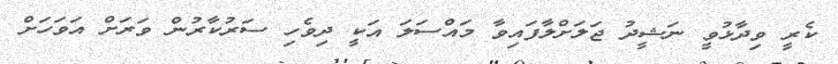
ކެރީ ވިދާޅުވީ ނަޝީދު ޖަލަށްލާފައިވާ މައްސަލަ އަކީ ދިވެހި ސަރުކާރުން ވަރަށް އަވަހަށް